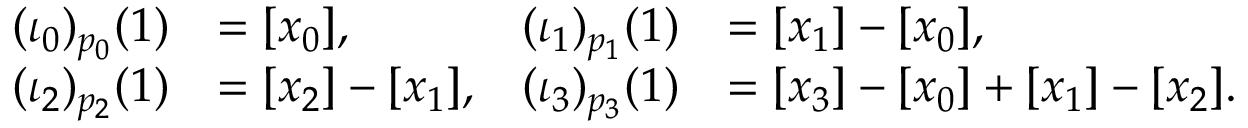
\begin{array} { r l r l } { ( \iota _ { 0 } ) _ { p _ { 0 } } ( 1 ) } & { = [ x _ { 0 } ] , } & { ( \iota _ { 1 } ) _ { p _ { 1 } } ( 1 ) } & { = [ x _ { 1 } ] - [ x _ { 0 } ] , } \\ { ( \iota _ { 2 } ) _ { p _ { 2 } } ( 1 ) } & { = [ x _ { 2 } ] - [ x _ { 1 } ] , } & { ( \iota _ { 3 } ) _ { p _ { 3 } } ( 1 ) } & { = [ x _ { 3 } ] - [ x _ { 0 } ] + [ x _ { 1 } ] - [ x _ { 2 } ] . } \end{array}